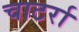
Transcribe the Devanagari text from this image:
चाटर्रा